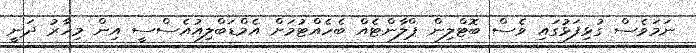
ނަމަވެސް ގުޅިފަޅުގައި ވެސް ބޮޓްލިން ޕްލާންޓެއް ބެހެއްޓުމަށް އެމްޑަބްލިއުއެސްސީ އިން މިހާރު ދަނީ